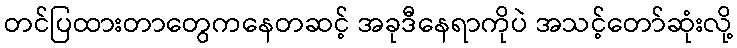
တင်ပြထားတာတွေကနေတဆင့် အခုဒီနေရာကိုပဲ အသင့်တော်ဆုံးလို့